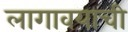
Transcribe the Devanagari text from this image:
लागावयाची